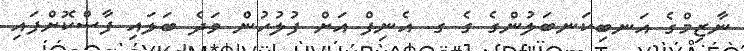
ނާޒިމްގެ އަނބިކަނބަލުންގެ ގެ ގ. އެނިފް އަށް ފުލުހުން ވަދެ ބަލައި ފާސްކޮށްފައި